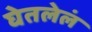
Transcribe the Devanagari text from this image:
घेतलेलं